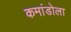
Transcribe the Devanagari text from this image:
कमांडोला